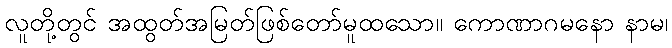
လူတို့တွင် အထွတ်အမြတ်ဖြစ်တော်မူထသော။ ကောဏာဂမနော နာမ၊